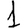
Digit: 1